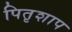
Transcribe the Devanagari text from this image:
पितृशाप